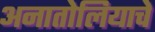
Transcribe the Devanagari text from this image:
अनातोलियाचे